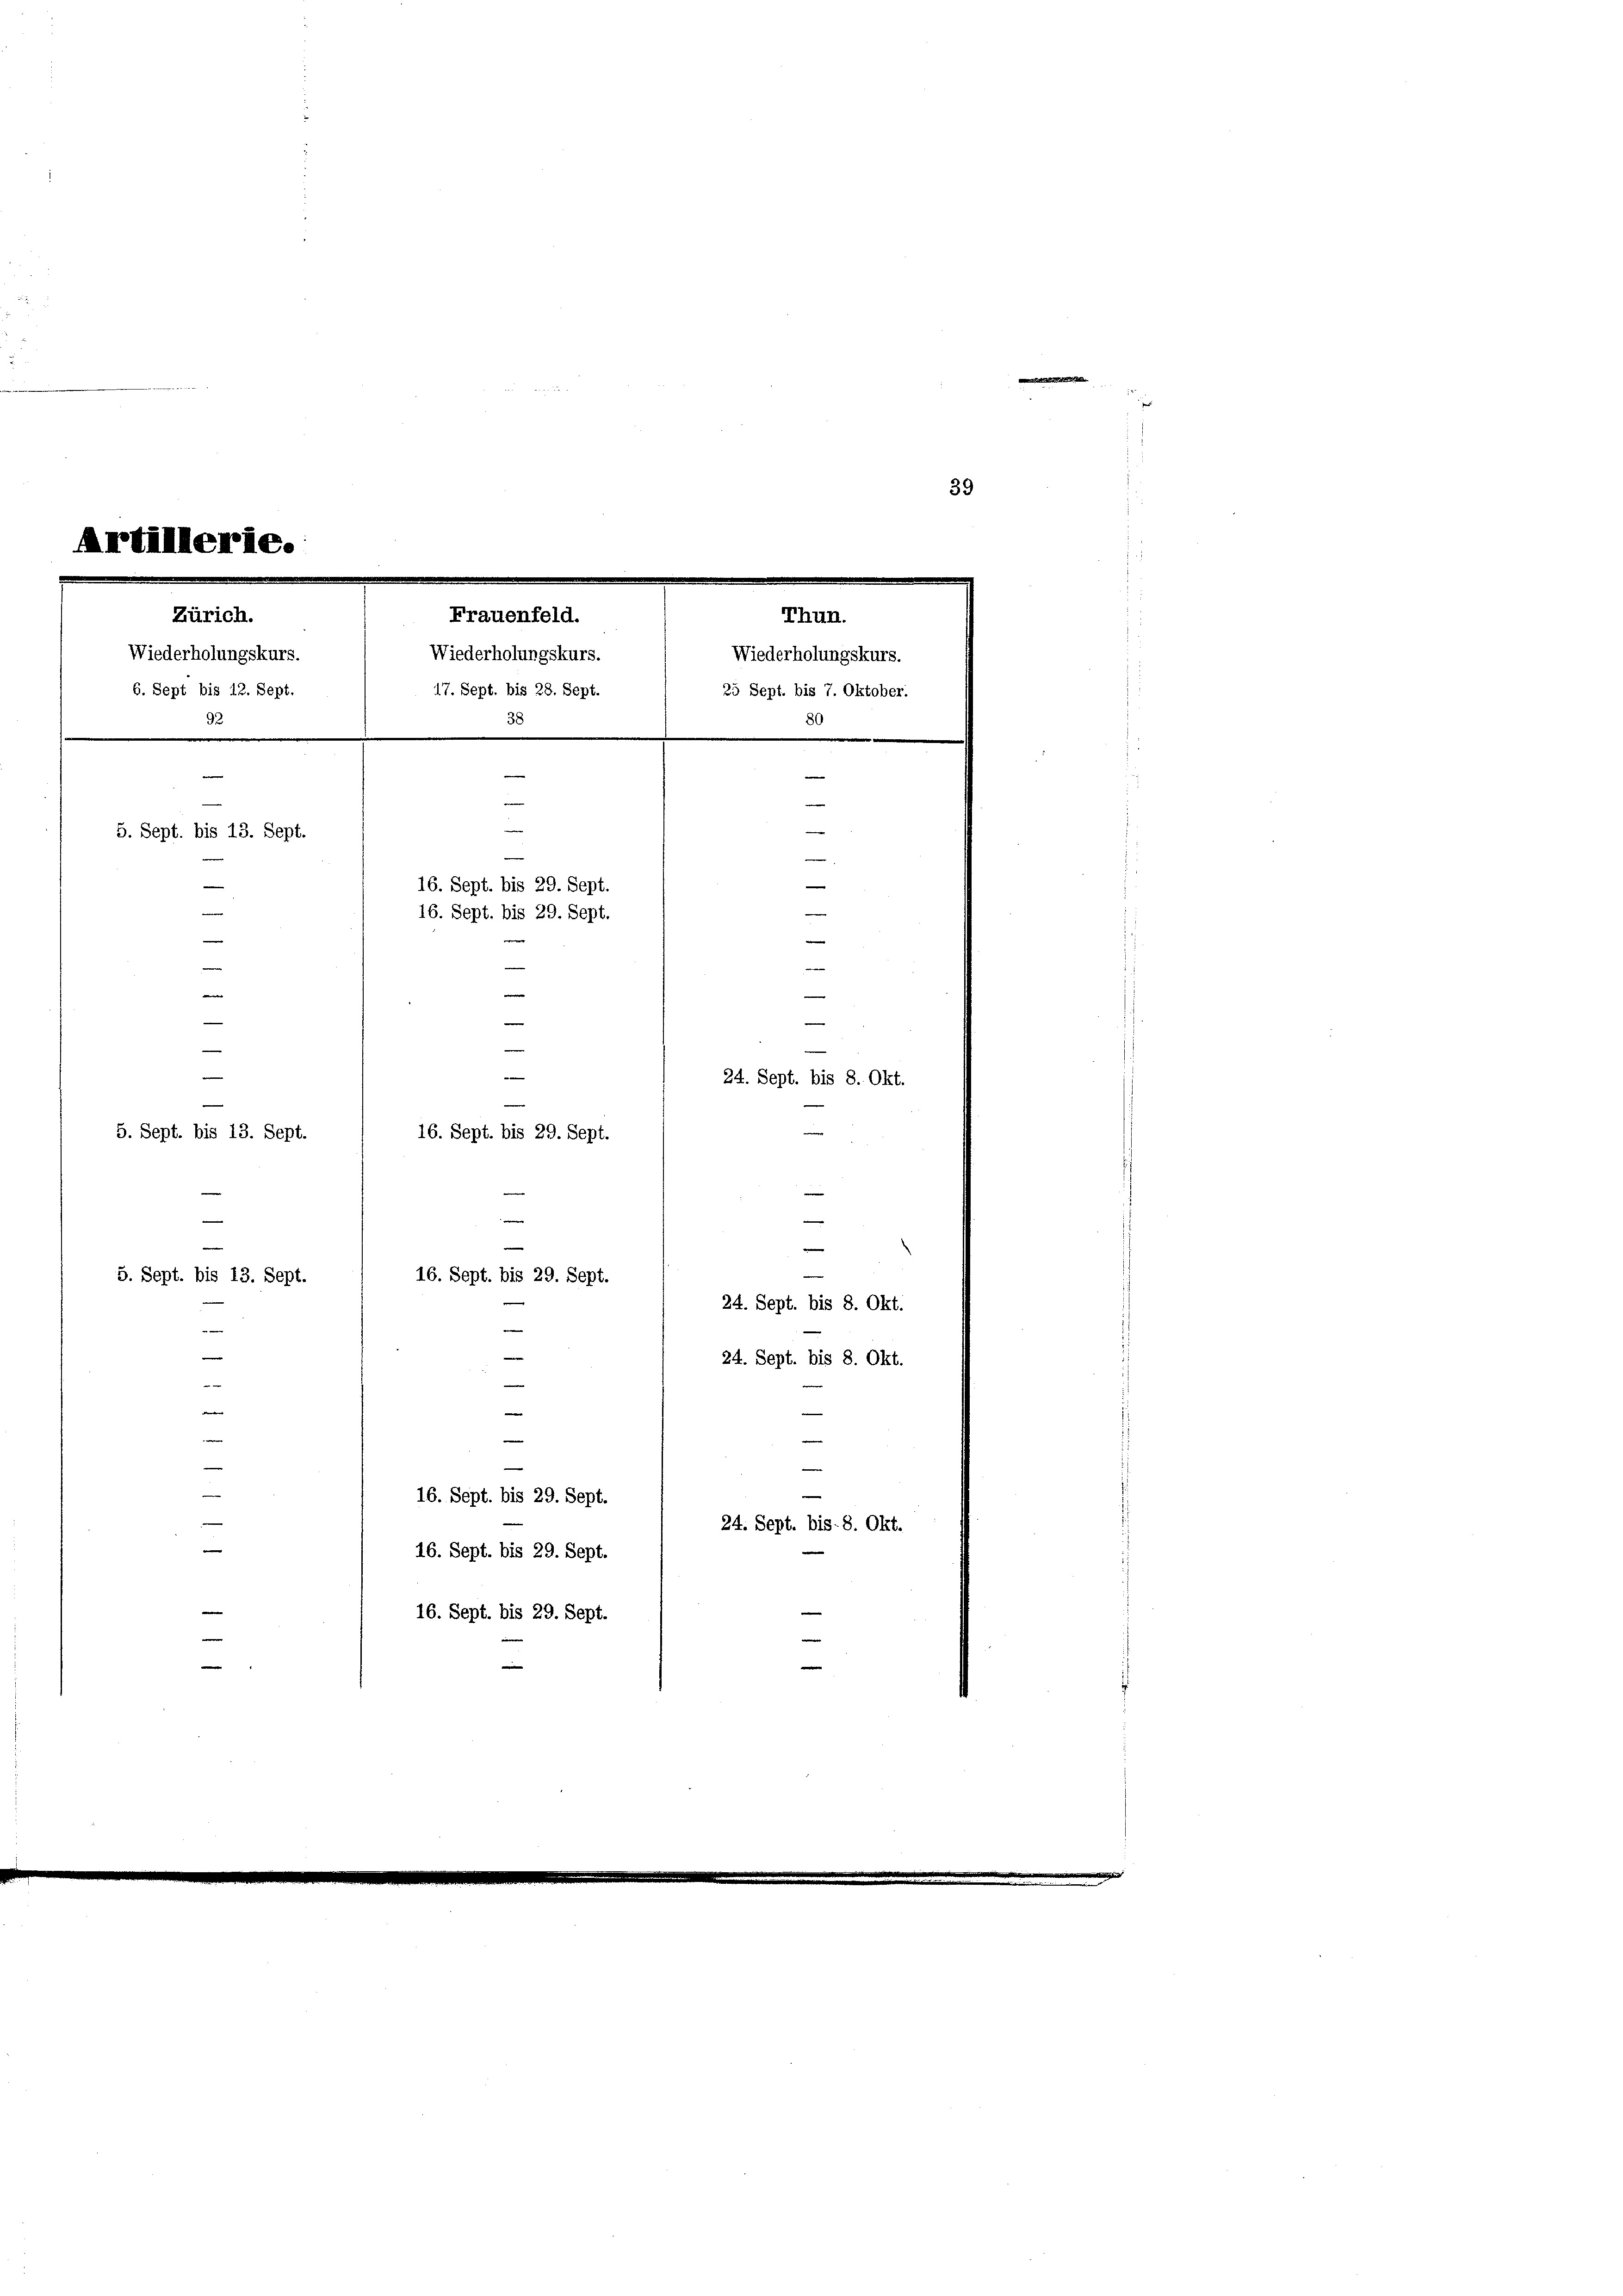
e
39
Artillerie.
Zürich.
Frauenfeld.
Thun.

Wiederholungskurs.
Wiederholungskurs.
17. Sept. bis 28. Sept. 1 25 Sept. bis 7. Oktober.
6. Sept bis 12. Sept.

Wiederholungskurs.
92
38
8
e
e

5. Sept. bis 13. Sept.
—
16. Sept. bis 29. Sept.
—
16. Sept. bis 29. Sept.
3

|
.
e
e
e
e
e
—
—
24. Sept. bis 8. Okt.
e
5. Sept. bis 13. Sept.
16. Sept. bis 29. Sept.

e

e
16. Sept. bis 29. Sept.
5. Sept. bis 13. Sept.
.
—

e

—
e
e
e
e
e
—
16. Sept. bis 29. Sept.
e
16. Sept. bis 29. Sept.
16. Sept. bis 29. Sept.
e

24. Sept. bis 8. Okt.

e

24. Sept. bis 8. Okt.

24. Sept. bis 8. Okt.